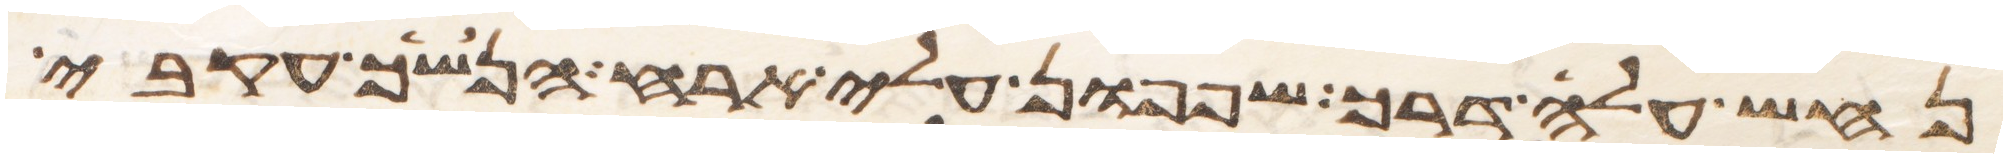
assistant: נחש עלה דרך שפפון עלי ארח הנשך עקבי